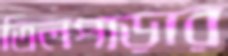
তিলপাড়ার